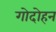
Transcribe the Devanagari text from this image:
गोदोहन